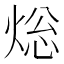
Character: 焧